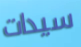
سيدات